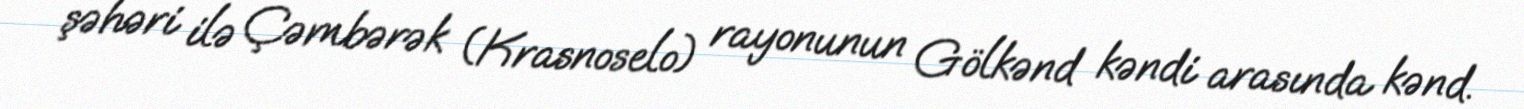
şəhəri ilə Çəmbərək (Krasnoselo) rayonunun Gölkənd kəndi arasında kənd.